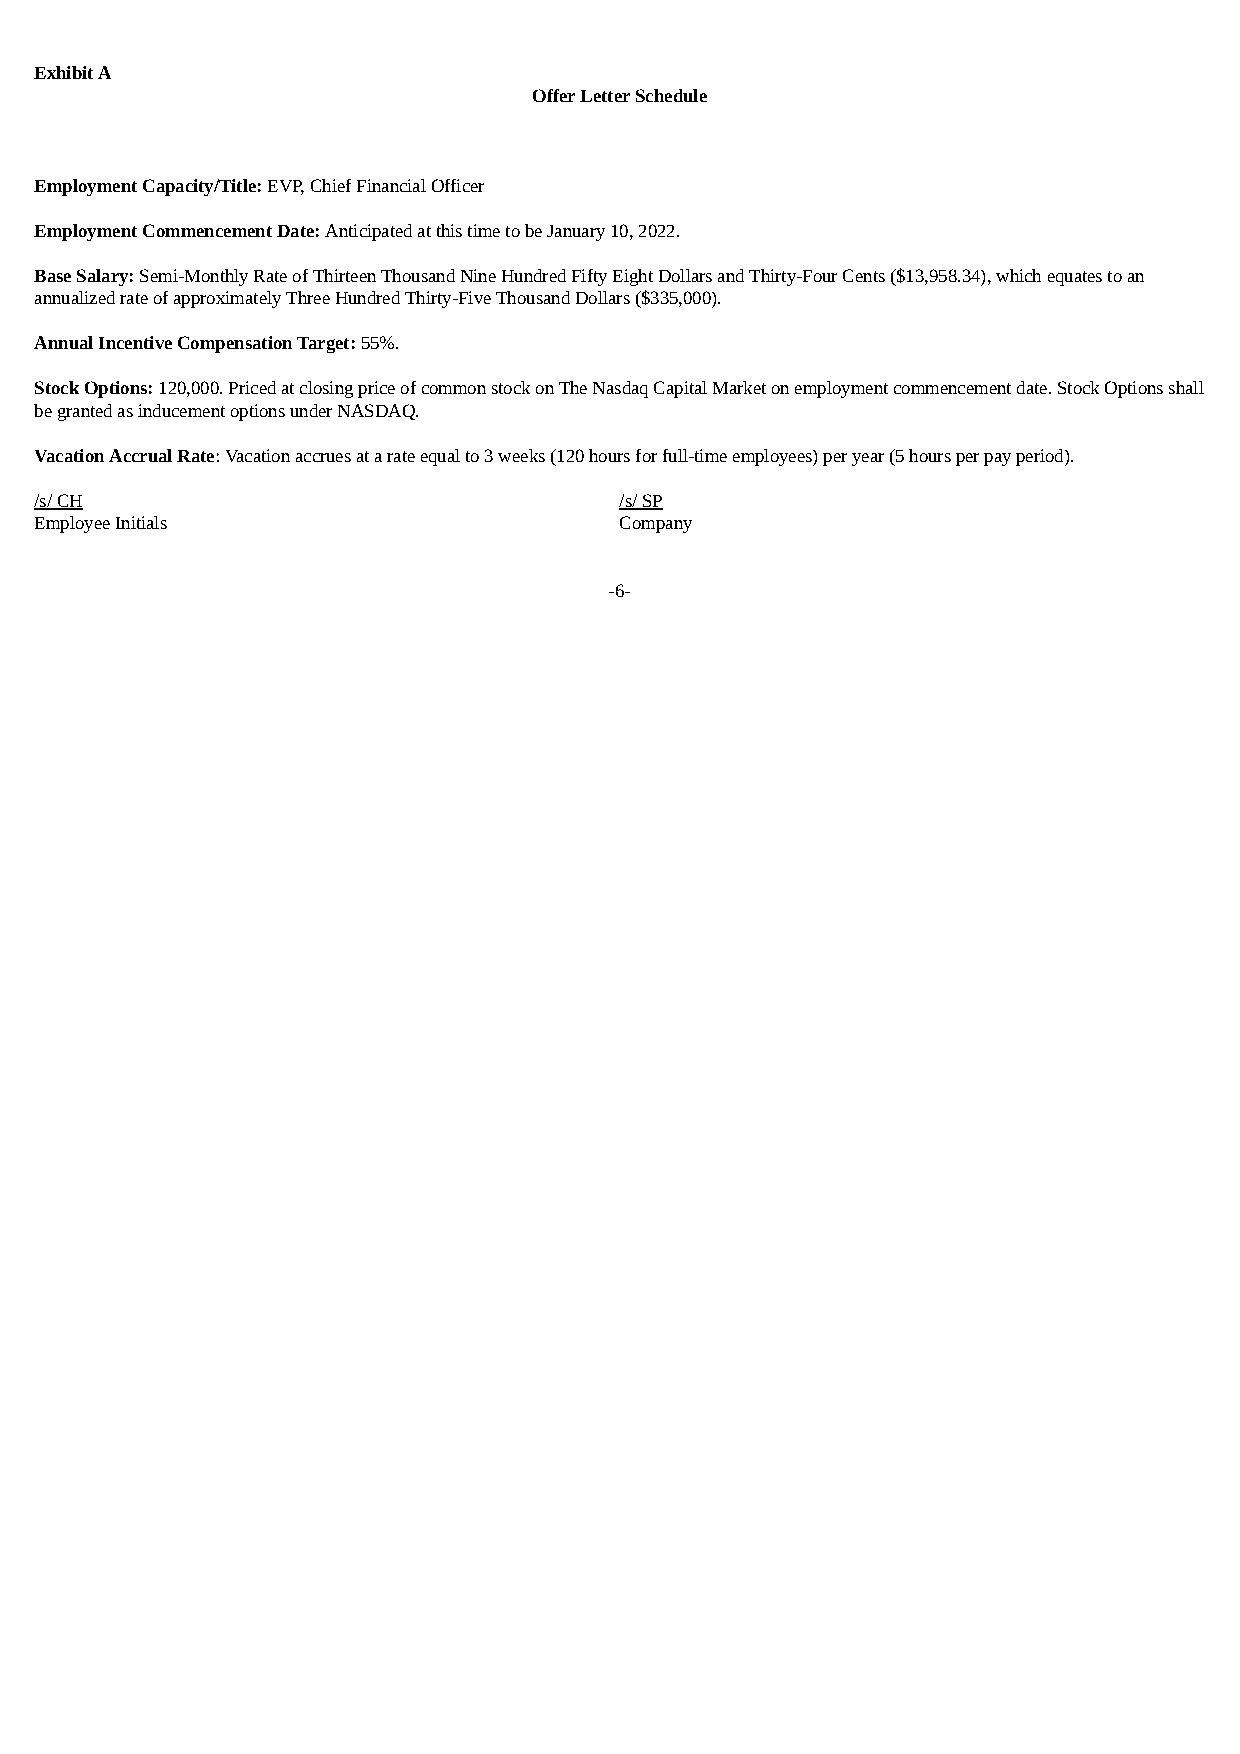
Exhibit A
 Offer Letter Schedule
 Employment Capacity/Title: EVP, Chief Financial Officer
 Employment Commencement Date: Anticipated at this time to be January 10, 2022.
 Base Salary: Semi-Monthly Rate of Thirteen Thousand Nine Hundred Fifty Eight Dollars and Thirty-Four Cents ($13,958.34), which equates to an
 annualized rate of approximately Three Hundred Thirty-Five Thousand Dollars ($335,000).
 Annual Incentive Compensation Target: 55%.
 Stock Options: 120,000. Priced at closing price of common stock on The Nasdaq Capital Market on employment commencement date. Stock Options shall
 be granted as inducement options under NASDAQ.
 Vacation Accrual Rate: Vacation accrues at a rate equal to 3 weeks (120 hours for full-time employees) per year (5 hours per pay period).
 /s/ CH                                 /s/ SP
 Employee Initials                      Company
 -6-